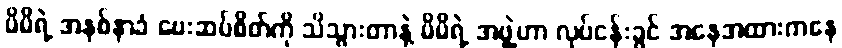
မိမိရဲ့ အနစ်နာခံ ပေးဆပ်စိတ်ကို သိသွားတာနဲ့ မိမိရဲ့ အဖွဲ့ဟာ လုပ်ငန်းခွင် အနေအထားကနေ